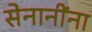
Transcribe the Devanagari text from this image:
सेनानींना